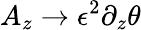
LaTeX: A_{z}\rightarrow\epsilon^{2}\partial_{z}\theta